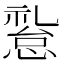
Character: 𱟅